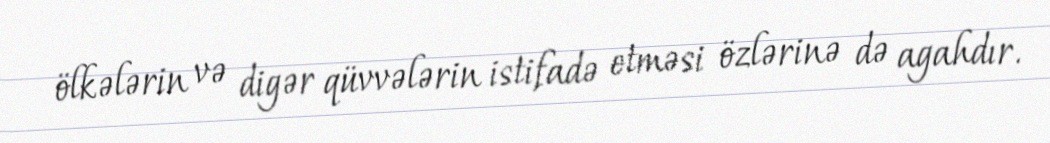
ölkələrin və digər qüvvələrin istifadə etməsi özlərinə də agahdır.